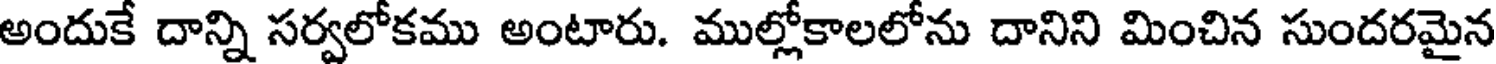
అందుకే దాన్ని సర్వలోకము అంటారు. ముల్లోకాలలోను దానిని మించిన సుందరమైన